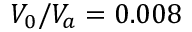
V _ { 0 } / V _ { a } = 0 . 0 0 8